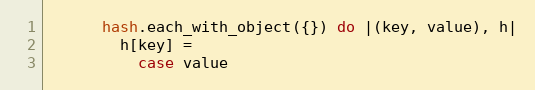
Language: Ruby
      hash.each_with_object({}) do |(key, value), h|
        h[key] =
          case value